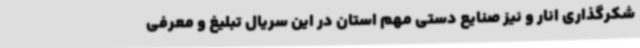
شکرگذاری انار و نیز صنایع دستی مهم استان در این سریال تبلیغ و معرفی